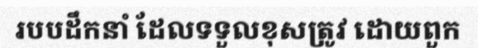
របបដឹកនាំ ដែលទទួលខុសត្រូវ ដោយពួក